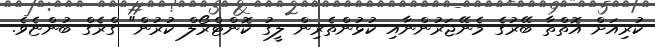
ކުރިއަށް އޮތްތާ ބޭރުގެ މެނޭޖަރުންނާއި ކުޅުންތެރިން ލީގު ކޮންޓްރޯލް ކުރުން" ގްރެގް ބުންޏެވެ.